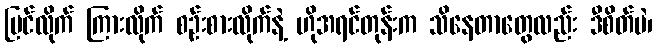
မြင်လိုက် ကြားလိုက် စဉ်းစားလိုက်နဲ့ ဟိုအရင်တုန်းက သိနေတာတွေလည်း ဒီစိတ်ပဲ၊